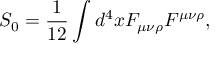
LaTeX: S _ { 0 } = { \frac { 1 } { 1 2 } } \int d ^ { 4 } x F _ { \mu \nu \rho } F ^ { \mu \nu \rho } ,